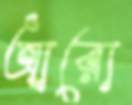
আরো